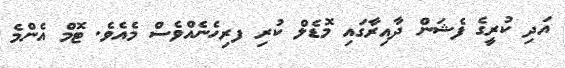
އަދި ކުރީގެ ފެޝަން ދާއިރާގައި މޮޑެލް ކުރި ފރިހެނެއްވެސް މެއެވެ. ޓޮމް އެންމެ